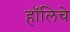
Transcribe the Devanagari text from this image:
हॉलिचे